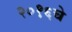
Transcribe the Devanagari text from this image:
२०१६चे